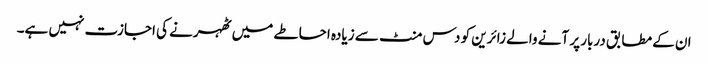
ان کے مطابق دربار پر آنے والے زائرین کو دس منٹ سے زیادہ احاطے میں ٹھہرنے کی اجازت نہیں ہے۔